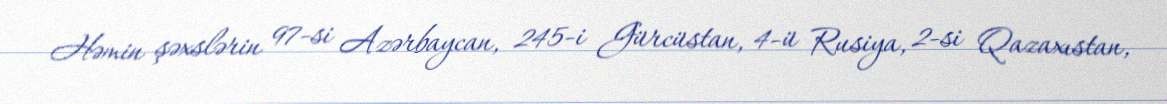
Həmin şəxslərin 97-si Azərbaycan, 245-i Gürcüstan, 4-ü Rusiya, 2-si Qazaxıstan,